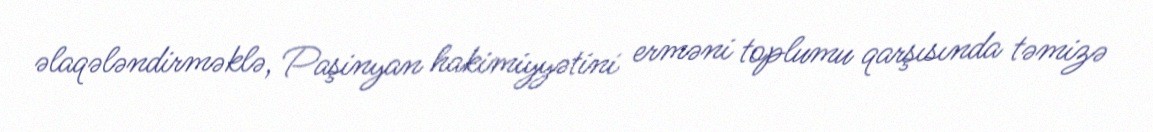
əlaqələndirməklə, Paşinyan hakimiyyətini erməni toplumu qarşısında təmizə